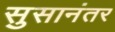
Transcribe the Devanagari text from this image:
सुसानंतर